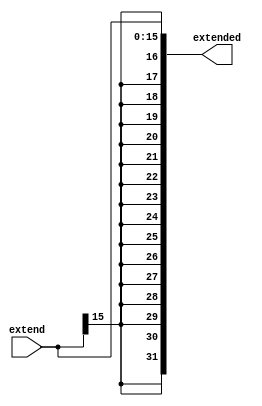
/* MODULO DE EXTENSION DE SIGNO DE 16 A 32 BITS */
module sign_extend(extend, extended);

input[15:0] extend;
output [31:0] extended;

assign extended = { {16{extend[15]}}, extend };

endmodule